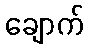
ချောက်